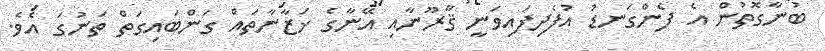
ބުނާގޮތުން އެ ފެންގަނޑު އުފެދިފައިވަނީ ޤާރޫނާއި އޭނާގެ ޚަޒާނާތައް ގަންބައިގަތް ތަނުގަ އެވެ.